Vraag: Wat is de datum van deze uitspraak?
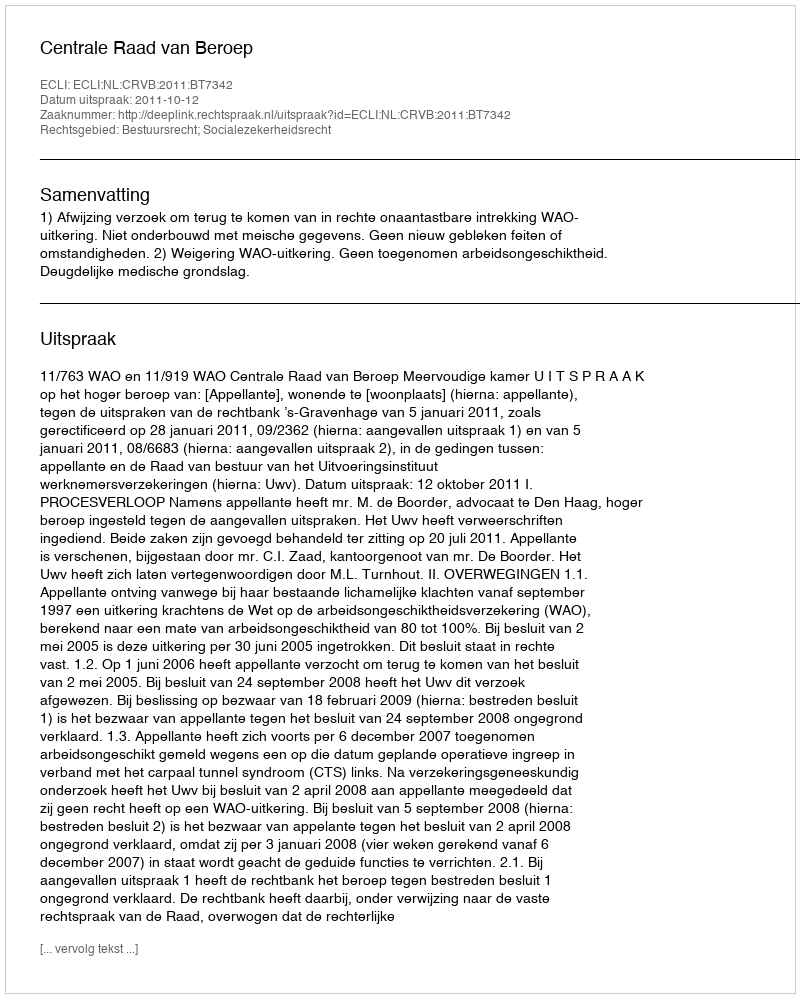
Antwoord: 2011-10-12